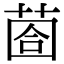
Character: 𦳬